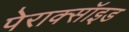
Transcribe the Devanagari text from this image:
पेराक्सॉइड